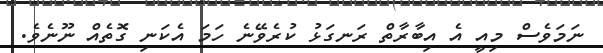
ނަމަވެސް މިއީ އެ އިބާރާތް ރަނގަޅު ކުރެވޭނެ ހަމަ އެކަނި ގޮތެއް ނޫނެވެ.